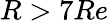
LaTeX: R>7Re